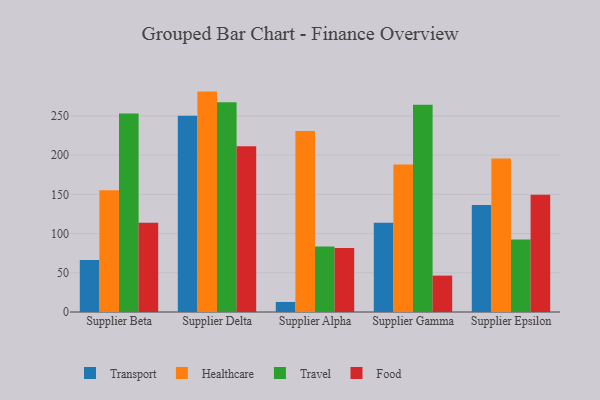
{"axis": {"x": "Supplier", "y": "LTV (USD)"}, "legend": ["Food", "Healthcare", "Transport", "Travel"], "data": [{"x": "Supplier Beta", "y": 66.3, "type": "Transport"}, {"x": "Supplier Beta", "y": 155.2, "type": "Healthcare"}, {"x": "Supplier Beta", "y": 253.1, "type": "Travel"}, {"x": "Supplier Beta", "y": 113.9, "type": "Food"}, {"x": "Supplier Delta", "y": 250.2, "type": "Transport"}, {"x": "Supplier Delta", "y": 281.0, "type": "Healthcare"}, {"x": "Supplier Delta", "y": 267.3, "type": "Travel"}, {"x": "Supplier Delta", "y": 211.4, "type": "Food"}, {"x": "Supplier Alpha", "y": 12.8, "type": "Transport"}, {"x": "Supplier Alpha", "y": 230.9, "type": "Healthcare"}, {"x": "Supplier Alpha", "y": 83.6, "type": "Travel"}, {"x": "Supplier Alpha", "y": 81.7, "type": "Food"}, {"x": "Supplier Gamma", "y": 113.7, "type": "Transport"}, {"x": "Supplier Gamma", "y": 188.1, "type": "Healthcare"}, {"x": "Supplier Gamma", "y": 264.3, "type": "Travel"}, {"x": "Supplier Gamma", "y": 46.4, "type": "Food"}, {"x": "Supplier Epsilon", "y": 136.4, "type": "Transport"}, {"x": "Supplier Epsilon", "y": 195.7, "type": "Healthcare"}, {"x": "Supplier Epsilon", "y": 92.4, "type": "Travel"}, {"x": "Supplier Epsilon", "y": 149.6, "type": "Food"}]}